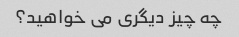
چه چیز دیگری می خواهید؟